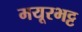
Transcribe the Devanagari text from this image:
मयूरभट्ट